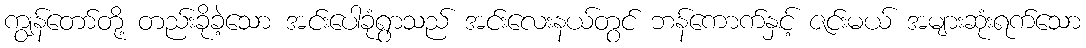
ကျွန်တော်တို့ တည်းခိုခဲ့သော အင်းပေါခုံရွာသည် အင်းလေးနယ်တွင် ဘန်ကောက်နှင့် ဇင်းမယ် အများဆုံးရက်သော